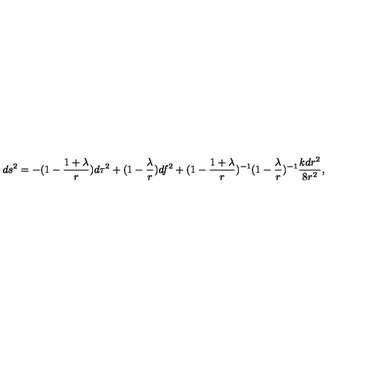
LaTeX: d s ^ { 2 } = - ( 1 - \frac { 1 + \lambda } { r } ) d \tau ^ { 2 } + ( 1 - \frac { \lambda } { r } ) d f ^ { 2 } + ( 1 - \frac { 1 + \lambda } { r } ) ^ { - 1 } ( 1 - \frac { \lambda } { r } ) ^ { - 1 } \frac { k d r ^ { 2 } } { 8 r ^ { 2 } } ,